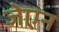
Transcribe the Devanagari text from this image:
जेएन